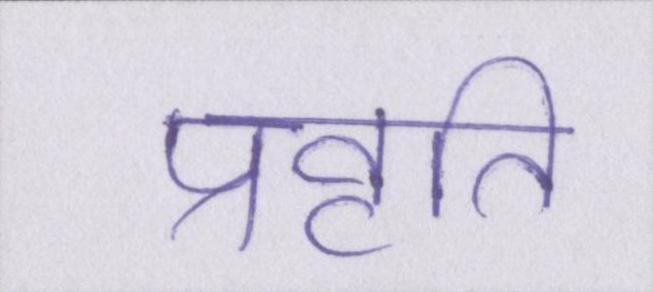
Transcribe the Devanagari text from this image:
प्रवृति